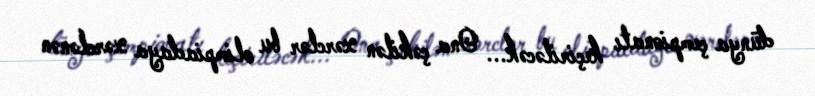
dünya çempionatı keçiriləcək... Ona çəkilən xərclər bu olimpiadaya xərclənən